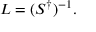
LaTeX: L = ( S ^ { \dagger } ) ^ { - 1 } .